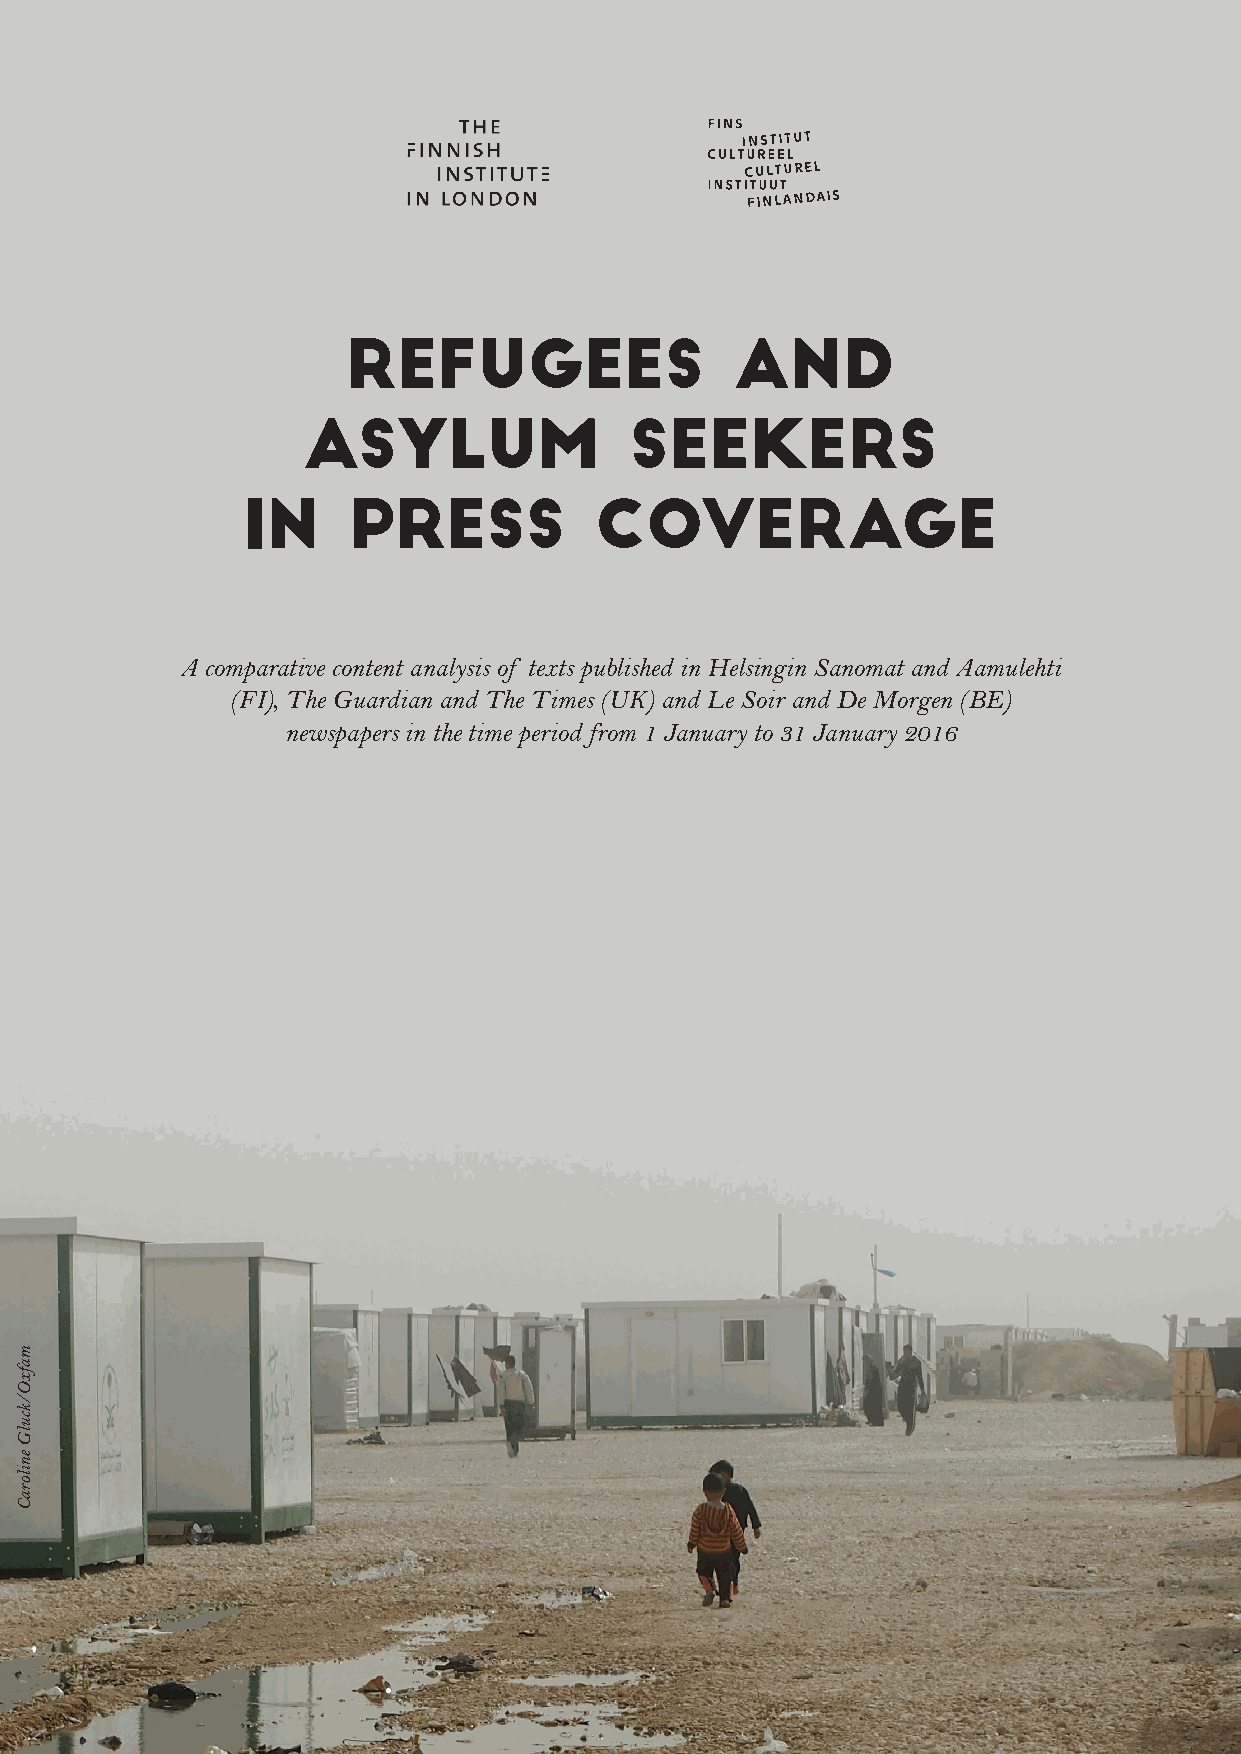
REFUGEES                  AND
 ASYLUM                SEEKERS
 IN     PRESS           COVERAGE
 A comparative content analysis of texts published in Helsingin Sanomat and Aamulehti
 (FI), The Guardian and The Times (UK) and Le Soir and De Morgen (BE)
 newspapers in the time period from 1 January to 31 January 2016
 mafxO/kculG
 eniloraC